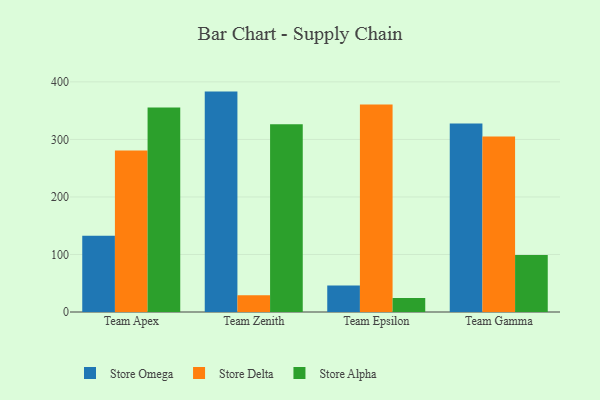
{"axis": {"x": "Team", "y": "Operating Costs (USD K)"}, "legend": ["Store Alpha", "Store Delta", "Store Omega"], "data": [{"x": "Team Apex", "y": 132.7, "type": "Store Omega"}, {"x": "Team Apex", "y": 280.9, "type": "Store Delta"}, {"x": "Team Apex", "y": 355.4, "type": "Store Alpha"}, {"x": "Team Zenith", "y": 383.1, "type": "Store Omega"}, {"x": "Team Zenith", "y": 29.3, "type": "Store Delta"}, {"x": "Team Zenith", "y": 326.5, "type": "Store Alpha"}, {"x": "Team Epsilon", "y": 46.0, "type": "Store Omega"}, {"x": "Team Epsilon", "y": 360.8, "type": "Store Delta"}, {"x": "Team Epsilon", "y": 24.5, "type": "Store Alpha"}, {"x": "Team Gamma", "y": 327.5, "type": "Store Omega"}, {"x": "Team Gamma", "y": 305.0, "type": "Store Delta"}, {"x": "Team Gamma", "y": 99.0, "type": "Store Alpha"}]}